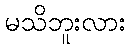
မသိဘူးလား